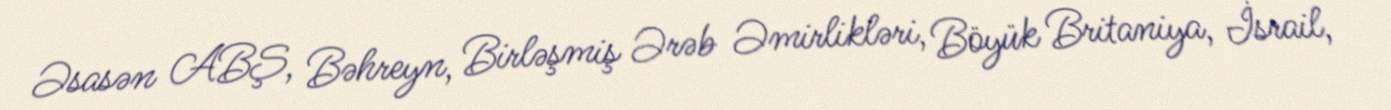
Əsasən ABŞ, Bəhreyn, Birləşmiş Ərəb Əmirlikləri, Böyük Britaniya, İsrail,